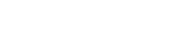
٣٩